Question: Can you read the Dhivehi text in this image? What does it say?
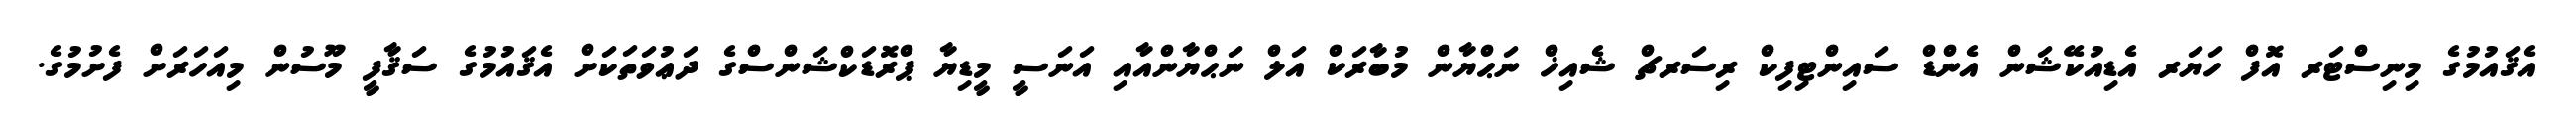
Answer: އެޤައުމުގެ މިނިސްޓަރ އޮފް ހަޔަރ އެޑިއުކޭޝަން އެންޑް ސައިންޓިފިކް ރިސަރޗް ޝެއިޚް ނަޙްޔާން މުބާރަކް އަލް ނަޙްޔާންއާއި އަނަސީ މީޑިޔާ ޕްރޮޑަކްޝަންސްގެ ދަޢުވަތަކަށް އެޤައުމުގެ ސަޤާފީ މޫސުން މިއަހަރަށް ފެށުމުގެ.